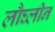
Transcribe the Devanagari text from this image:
लौघ्लीन